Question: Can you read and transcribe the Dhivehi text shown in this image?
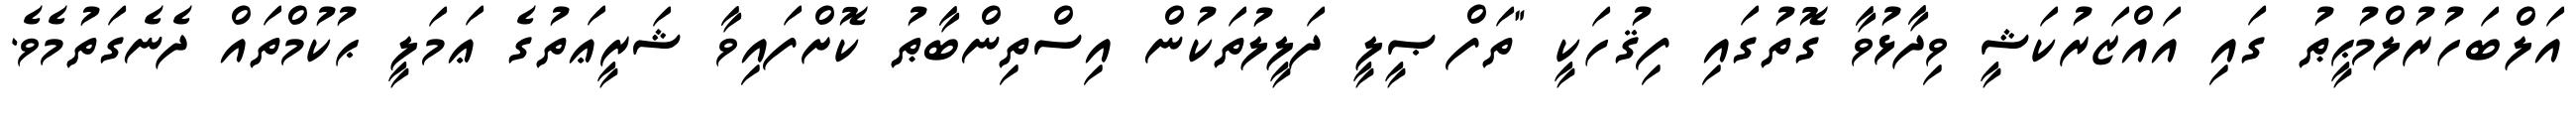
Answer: އަލްބަހުރުލްމުޙީޠު ގައި އައްޒަރުކަޝީ ވިދާޅުވާ ގޮތުގައި ފިޤުހަކީ "ތަފްޞީލީ ދަލީލުތަކުން އިސްތިންބާޠު ކޮށްފައިވާ ޝަރީޢަތުގެ ޢަމަލީ ޙުކުމްތައް ދެނެގަތުމެވެ.